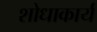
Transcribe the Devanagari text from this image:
शोधाकार्य